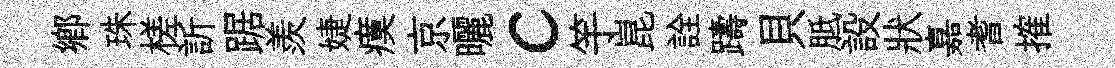
鄕珠槎訢踞羨婕瘼京曬c竽崑詮躊貝胝設狀嘉耆搉